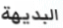
البديهة